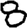
Digit: 8